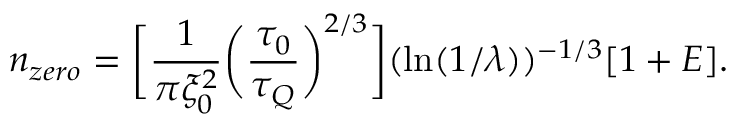
n _ { z e r o } = \bigg [ \frac { 1 } { \pi \xi _ { 0 } ^ { 2 } } \bigg ( \frac { \tau _ { 0 } } { \tau _ { Q } } \bigg ) ^ { 2 / 3 } \bigg ] ( \ln ( 1 / \lambda ) ) ^ { - 1 / 3 } [ 1 + E ] .